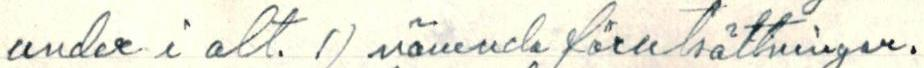
under i alt. 1) nämnda förutsättningar.